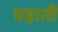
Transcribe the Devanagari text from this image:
पहाती